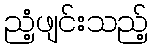
ညံ့ဖျင်းသည့်